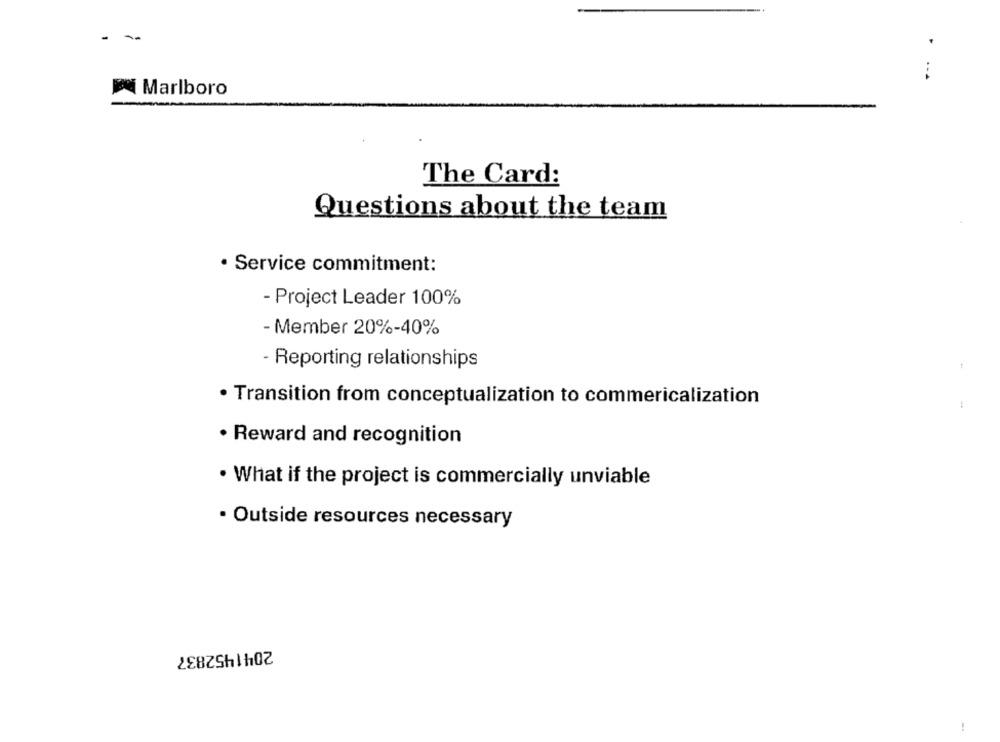
Marlboro
The Card:
Questions about the team
· Service commitment:
- Project Leader 100%
- Member 20%-40%
- Reporting relationships
· Transition from conceptualization to commericalization
1
· Reward and recognition
· What if the project is commercially unviable
· Outside resources necessary
2041452837